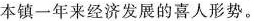
本镇一年来经济发展的喜人形势。